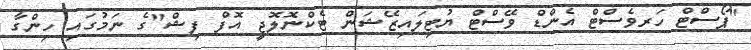
"ޕޯސްޓް ހަރވެސްޓް އެންޑް ވޭސްޓް ޔުޓިލައިޒޭޝަން ޓެކްނޮލޮޖީ އޮފް ފިޝް"ގެ ނަމުގައި ހިންގާ